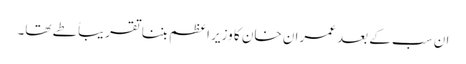
ان سب کے بعد عمران خان کا وزیر اعظم بننا تقریباً طے تھا۔